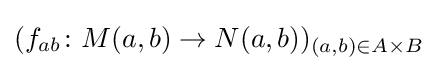
(f_{ab}\colon M(a,b)\to N(a,b))_{(a,b)\in A\times B}